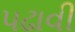
પઢાવી